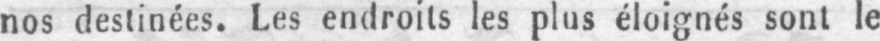
nos destinées. Les endroits les plus éloignés sont le